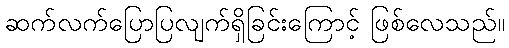
ဆက်လက်ပြောပြလျက်ရှိခြင်းကြောင့် ဖြစ်လေသည်။